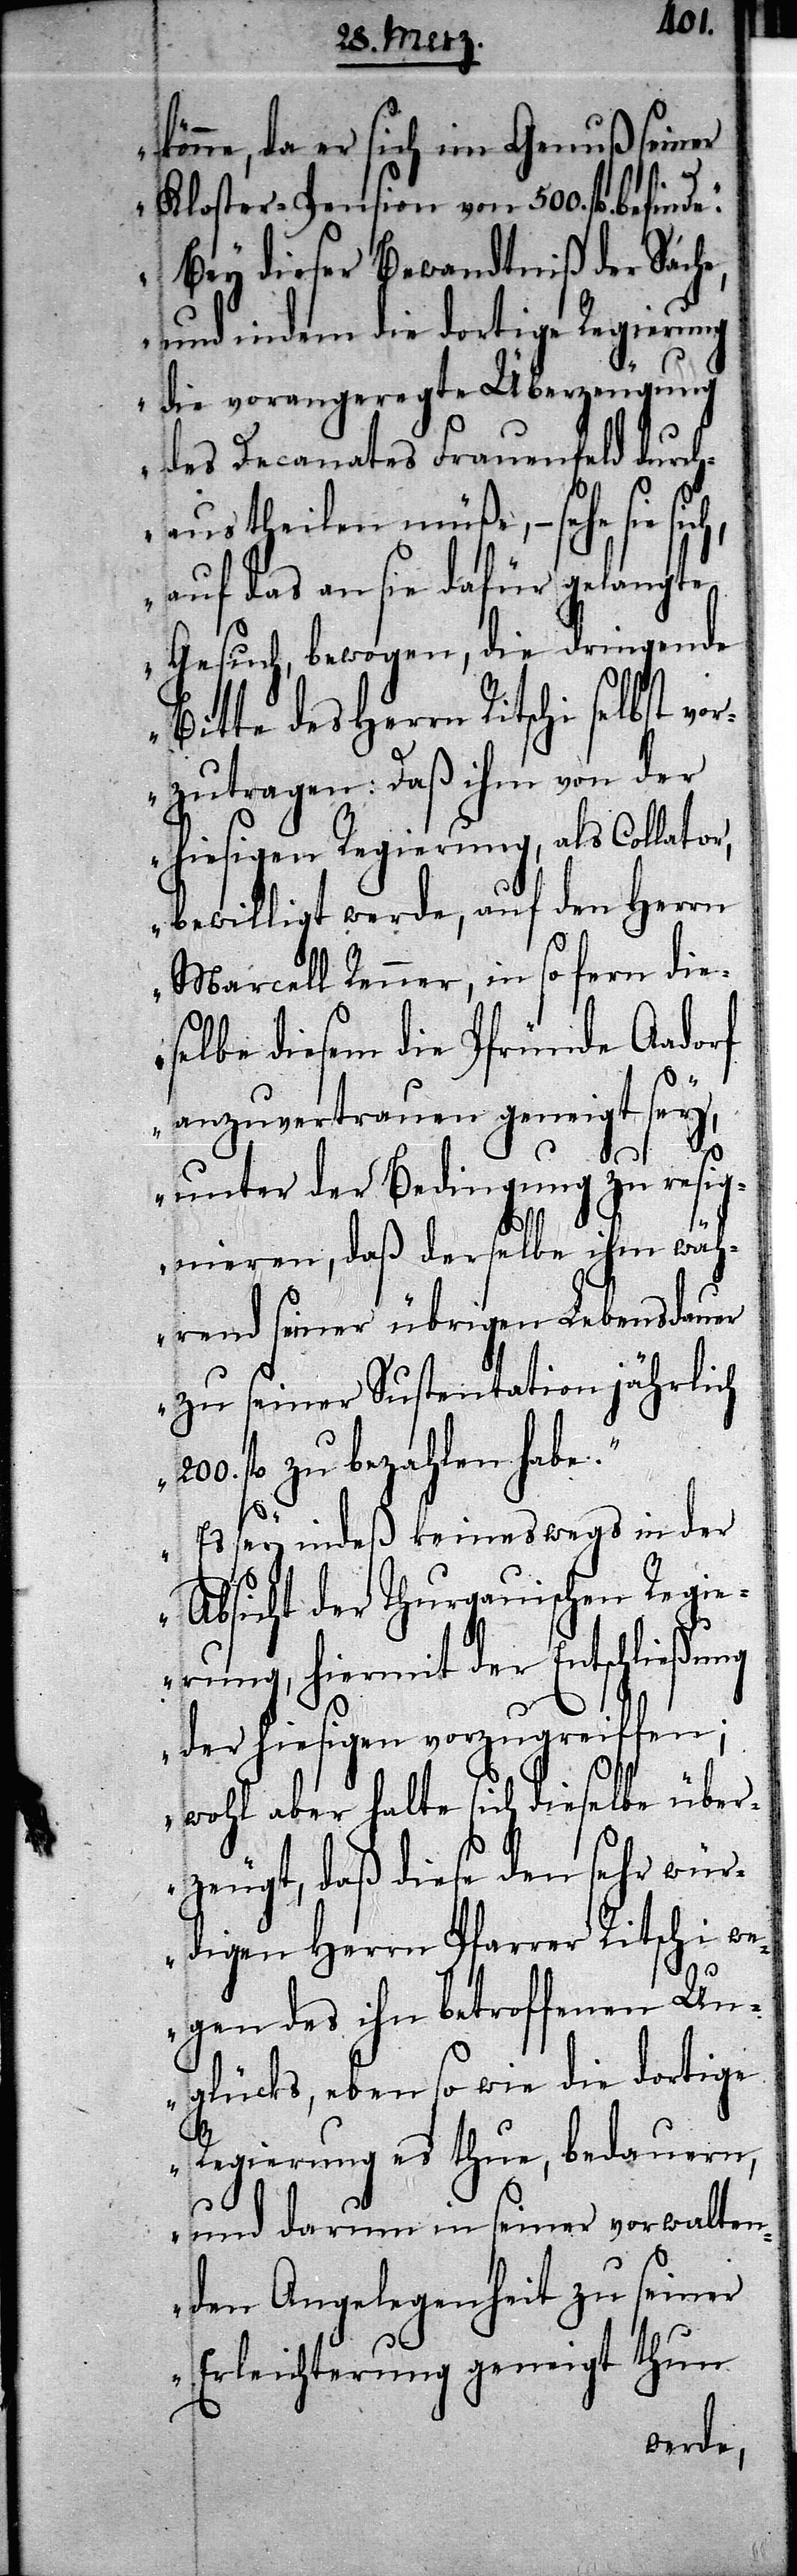
könne, da er sich im Genuß seiner
Kloster-Pension von 500. fl befinde.
Bey dieser Bewandtniß der Sache,
und indem die dortige Regierung
die vorangeregte Überzeugung
des Decanates Frauenfeld durch¬
aus theilen müße, – sehe sie
auf das an sie dafür gelangte
Gesuch, bewogen, die dringende
Bitte des Herrn Ritschi selbst vo¬
rzutragen: Daß ihm von der
hiesigen Regierung, als Collator,
bewilligt werde, auf den Herrn
Marcell Renner, in so fern die¬
selbe diesem die Pfründe Aadorf
anzuvertrauen geneigt sey,
unter der Bedingung zu resig¬
nieren, daß derselbe ihm wäh¬
rend seiner übrigen Lebensdauer
zu seiner Sustentation jährlich
fl zu bezahlen habe.
Es sey indeß keineswegs in der
Absicht der Thurgauischen Regi¬
erung, hiermit der Entschließung
der hiesigen vorzugreiffen;
wohl aber halte sich dieselbe über¬
zeugt, daß diese den sehr wür¬
digen Herrn Pfarrer Ritschi we¬
gen des ihn betroffenen Un¬
glücks, eben so wie die dortige
Regierung es thue, bedauern,
und darum in seiner vorwalten¬
den Angelegenheit zu seiner
Erleichterung geneigt thun